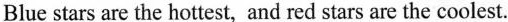
Blue stars are the hottest, and red stars are the coolest.